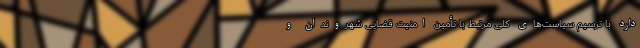
دارد با ترسیم سیاست‌های کلی مرتبط با تأمین امنیت قضایی شهروندان و